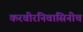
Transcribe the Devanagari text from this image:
करवीरनिवासिनीच